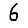
Digit: 6